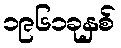
၁၉၆၁ခုနှစ်